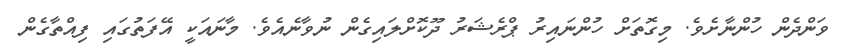
ވަންދެން ހުންނާށެވެ. މިގޮތަށް ހުންނައިރު ޕްރެޝަރު ދޫކޮށްލައިގެން ނުވާނެއެވެ. މާނައަކީ އޭފަތުގައި ފިއްތާގެން